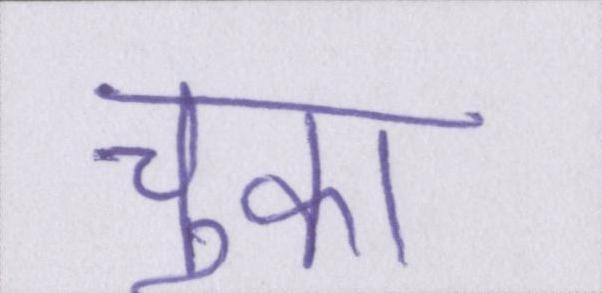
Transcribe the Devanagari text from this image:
चुका